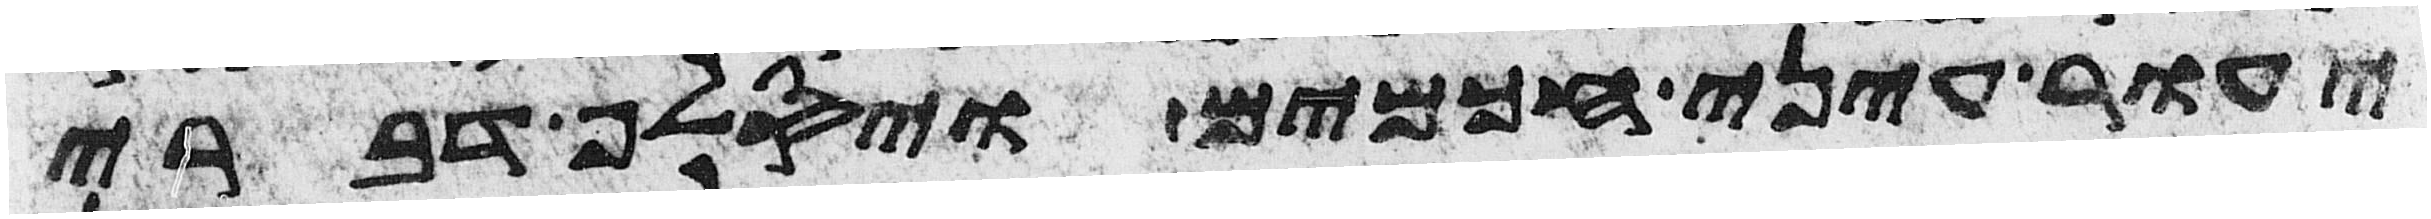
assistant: יעור עיני חכמים ויסלף דברי